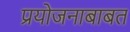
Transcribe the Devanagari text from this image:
प्रयोजनाबाबत